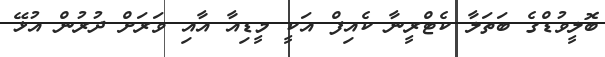
ބޮލީވުޑްގެ ބަތަލާ ކެޓްރީނާ ކެއިފް އަކީ މީޑިއާ އާއި ވަރަށް ދުރުން އުޅޭ